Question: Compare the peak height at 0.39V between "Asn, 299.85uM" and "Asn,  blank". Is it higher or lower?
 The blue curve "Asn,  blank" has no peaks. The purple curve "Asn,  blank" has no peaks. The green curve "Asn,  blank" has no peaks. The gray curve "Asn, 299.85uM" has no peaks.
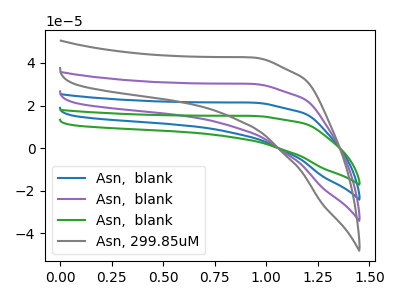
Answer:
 <answer>"Asn, 299.85uM" and "Asn,  blank" dont share a peak at 0.39V.</answer>
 <eval>mismatch</eval>